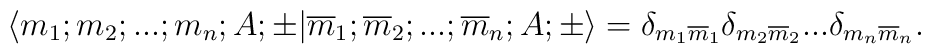
\langle m_1;m_2;...;m_n; A;\pm |\overline{m}_1;\overline{m}_2;...;\overline{m}_n; A;\pm \rangle ={\delta}_{m_1 \overline{m}_1} {\delta}_{m_2 \overline{m}_2} ...{\delta}_{m_n \overline{m}_n}.